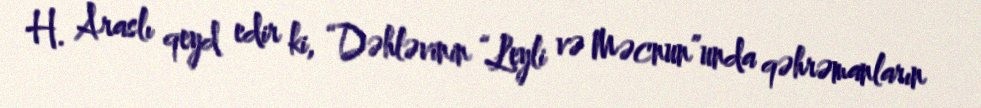
H. Araslı qeyd edir ki, “Dəhləvinin “Leyli və Məcnun”unda qəhrəmanların